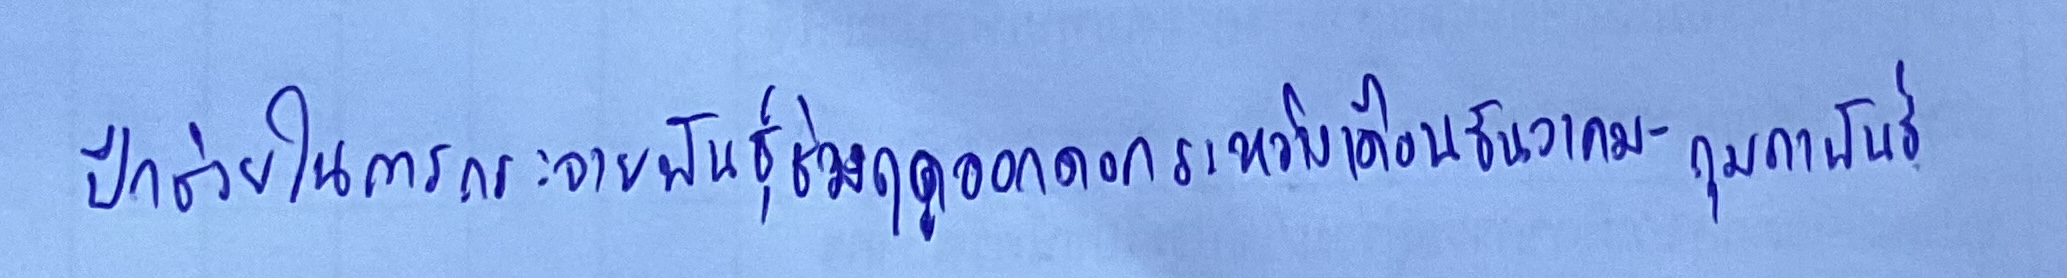
ปีกช่วยในการกระจายพันธุ์ช่วงฤดูออกดอกระหว่างเดือนธันวาคม-กุมภาพันธ์